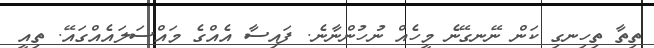
ތިތާ ތިހިނގި ކަން ނޭނގޭނެ މީހެއް ނުހުންނާނެ. ފައިސާ އެއްގެ މައްްސަލައެއްގައޭ. ތިއީ